King Institute of Preventive Medicine Micro-Biological Section reports 1909-11
Year: 1909
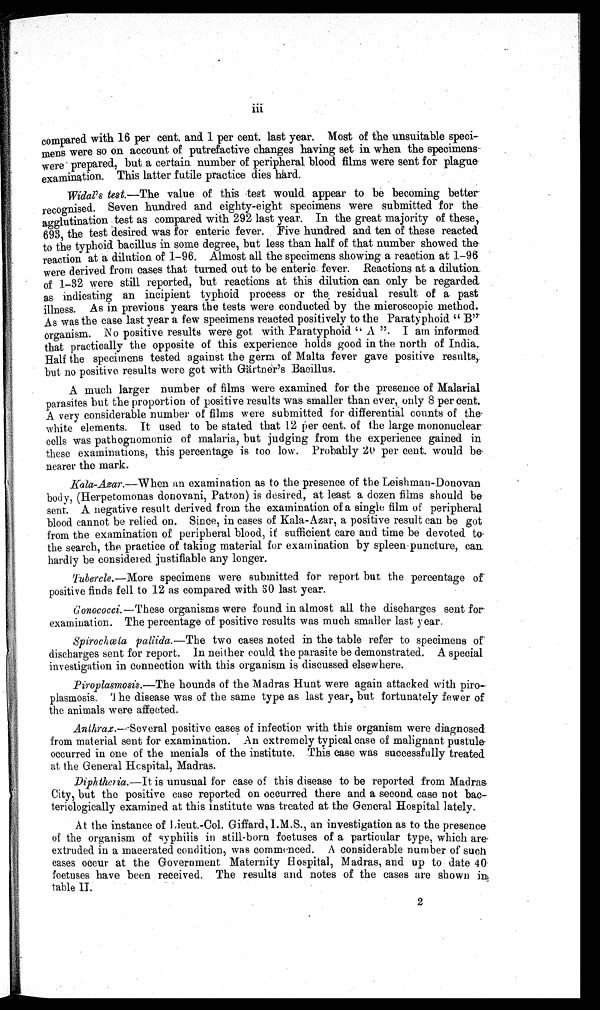
compared with 16 per cent. and 1 per cent. last year. Most of the unsuitable speci-
mens were so on account of putrefactive changes having set in when the specimens
were prepared, but a certain number of peripheral blood films were sent for plague
examination. This latter futile practice dies hard.
Widal's test. —The value of this test would appear to be becoming better
recognised. Seven hundred and eighty-eight specimens were submitted for the
agglutination test as compared with 292 last year. In the great majority of these,
693, the test desired was for enteric fever. Five hundred and ten of these reacted
to the typhoid bacillus in some degree, but less than half of that number showed the
reaction at a dilution of 1-96. Almost all the specimens showing a reaction at 1-96
were derived from cases that turned out to be enteric fever. Reactions at a dilution
of 1-32 were still reported, but reactions at this dilution can only be regarded
as indicating an incipient typhoid process or the residual result of a past
illness. As in previous years the tests were conducted by the microscopic method.
As was the case last year a few specimens reacted positively to the Paratyphoid "B"
organism. No positive results were got with Paratyphoid "A". I am informed
that practically the opposite of this experience holds good in the north of India.
Half the specimens tested against the germ of Malta fever gave positive results,
but no positive results were got with Gärtner's Bacillus.
A much larger number of films were examined for the presence of Malarial
parasites but the proportion of positive results was smaller than ever, only 8 per cent.
A very considerable number of films were submitted for differential counts of the
white elements. It used to be stated that 12 per cent. of the large mononuclear
cells was pathognomonic of malaria, but judging from the experience gained in
these examinations, this percentage is too low. Probably 20 per cent. would be
nearer the mark.
Kala-Azar.—When an examination as to the presence of the Leishman-Donovan
body, (Herpetomonas donovani, Patton) is desired, at least a dozen films should be
sent. A negative result derived from the examination of a single film of peripheral
blood cannot be relied on. Since, in cases of Kala-Azar, a positive result can be got
from the examination of peripheral blood, if sufficient care and time be devoted to
the search, the practice of taking material for examination by spleen puncture, can
hardly be considered justifiable any longer.
Tubercle. —More specimens were submitted for report but the percentage of
positive finds fell to 12 as compared with 30 last year.
Gonococci. —These organisms were found in almost all the discharges sent for
examination. The percentage of positive results was much smaller last year.
Spirochœla pallida. —The two cases noted in the table refer to specimens of
discharges sent for report. In neither could the parasite be demonstrated. A special
investigation in connection with this organism is discussed elsewhere.
Piroplasmosis. —The hounds of the Madras Hunt were again attacked with piro
- p l a s m o s i s . T h e d i s e a s e w a s o f t h e s a m e t y p e a s l a s t y e a r , b u t f o r t u n a t e l y f e w e r o f
the animals were affected.
Anthrax.—Several positive cases of infection with this organism were diagnosed
from material sent for examination. An extremely typical case of malignant pustule
occurred in one of the menials of the institute. This case was successfully treated
at the General Hospital, Madras.
Diphtheria. —It is unusual for case of this disease to be reported from Madras
City, but the positive case reported on occurred there and a second case not bac-
teriologically examined at this institute was treated at the General Hospital lately.
At the instance of Lieut.-Col. Giffard, I.M.S., an investigation as to the presence
of the organism of syphilis in still-born foetuses of a particular type, which are
extruded in a macerated condition, was commenced. A considerable number of such
cases occur at the Government Maternity Hospital, Madras, and up to date 40
foetuses have been received. The results and notes of the cases are shown in
table II.
2